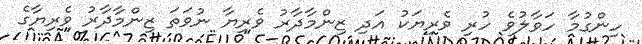
ހިންގުމާ ހަވާލުވެ ހުރި ވެރިޔަކު އަދި ޒިންމާދާރު ވެރިޔާ ނުވަތަ ޒިންމާދާރު ވެރިޔާގެ